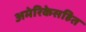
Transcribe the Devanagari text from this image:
अमेरिकेसहित